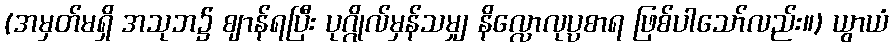
(အမှတ်မရှိ အသုဘ၌ ဈာန်ရပြီး ပုဂ္ဂိုလ်မှန်သမျှ နိလ္လောလုပ္ပစာရ ဖြစ်ပါသော်လည်း။) ယွာယံ